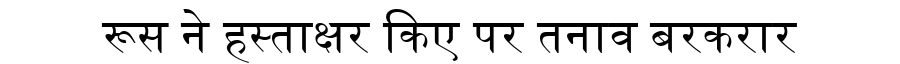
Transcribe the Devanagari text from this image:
रूस ने हस्ताक्षर किए पर तनाव बरकरार